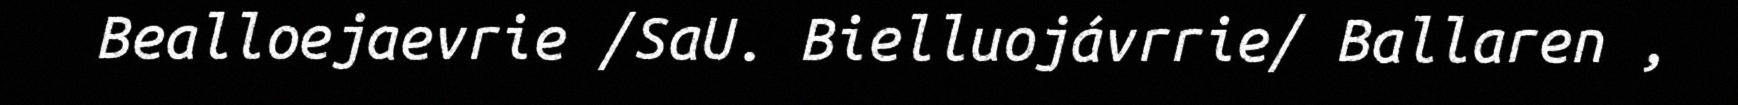
Bealloejaevrie /SaU. Bielluojávrrie/ Ballaren ,